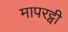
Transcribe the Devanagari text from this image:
मापरट्वी